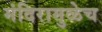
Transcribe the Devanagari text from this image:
मंदिरामुळेच